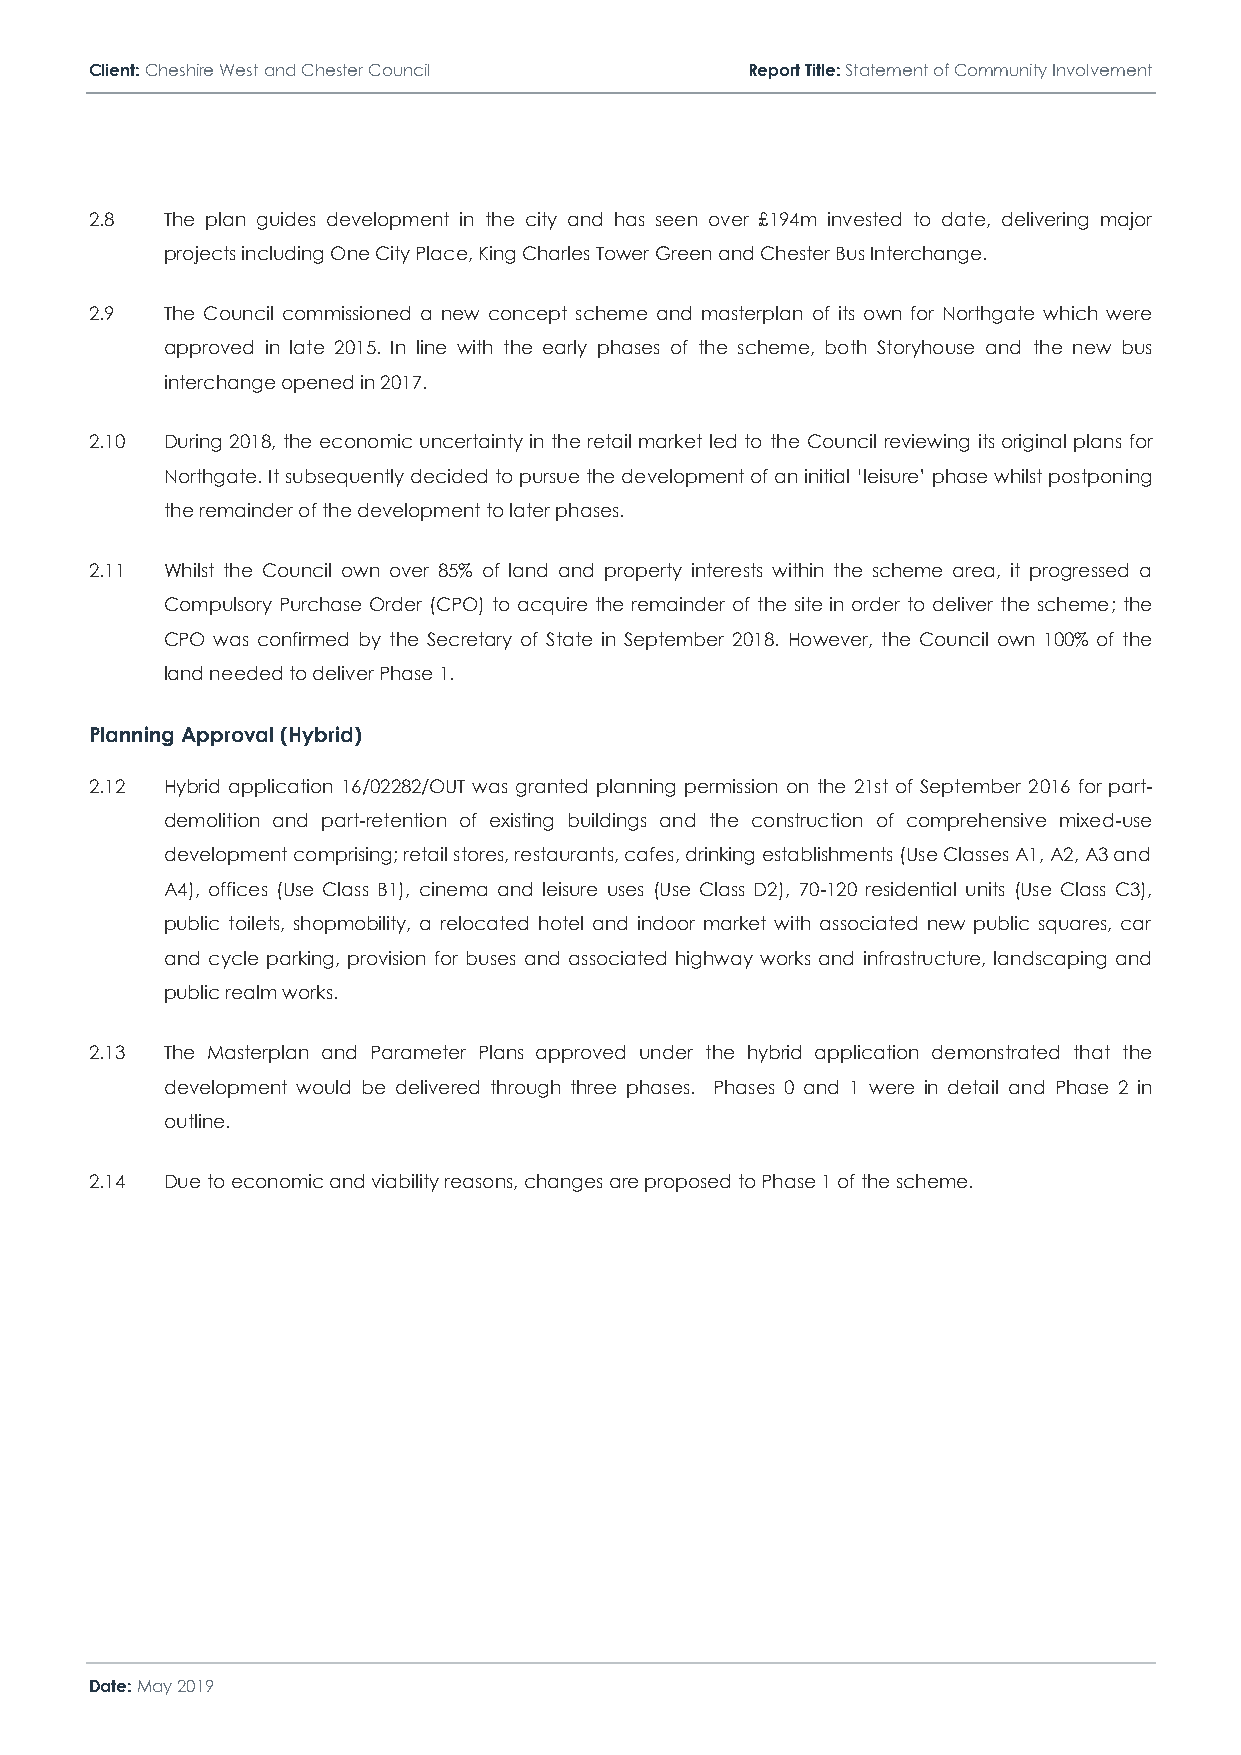
Client: Cheshire West and Chester Council  Report Title: Statement of Community Involvement
 2.8  The plan guides development in the city and has seen over £194m invested to date, delivering major
 projects including One City Place, King Charles Tower Green and Chester Bus Interchange.
 2.9  The Council commissioned a new concept scheme and masterplan of its own for Northgate which were
 approved in late 2015. In line with the early phases of the scheme, both Storyhouse and the new bus
 interchange opened in 2017.
 2.10 During 2018, the economic uncertainty in the retail market led to the Council reviewing its original plans for
 Northgate. It subsequently decided to pursue the development of an initial ‘leisure’ phase whilst postponing
 the remainder of the development to later phases.
 2.11 Whilst the Council own over 85% of land and property interests within the scheme area, it progressed a
 Compulsory Purchase Order (CPO) to acquire the remainder of the site in order to deliver the scheme; the
 CPO was confirmed by the Secretary of State in September 2018. However, the Council own 100% of the
 land needed to deliver Phase 1.
 Planning Approval (Hybrid)
 2.12 Hybrid application 16/02282/OUT was granted planning permission on the 21st of September 2016 for part-
 demolition and part-retention of existing buildings and the construction of comprehensive mixed-use
 development comprising; retail stores, restaurants, cafes, drinking establishments (Use Classes A1, A2, A3 and
 A4), offices (Use Class B1), cinema and leisure uses (Use Class D2), 70-120 residential units (Use Class C3),
 public toilets, shopmobility, a relocated hotel and indoor market with associated new public squares, car
 and cycle parking, provision for buses and associated highway works and infrastructure, landscaping and
 public realm works.
 2.13 The Masterplan and Parameter Plans approved under the hybrid application demonstrated that the
 development would be delivered through three phases. Phases 0 and 1 were in detail and Phase 2 in
 outline.
 2.14 Due to economic and viability reasons, changes are proposed to Phase 1 of the scheme.
 Date: May 2019